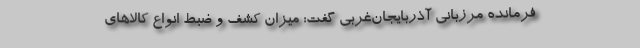
فرمانده مرزبانی آذربایجان‌غربی گفت: میزان کشف و ضبط انواع کالاهای